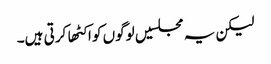
لیکن یہ مجلسیں لوگوں کو اکٹها کرتی ہیں۔